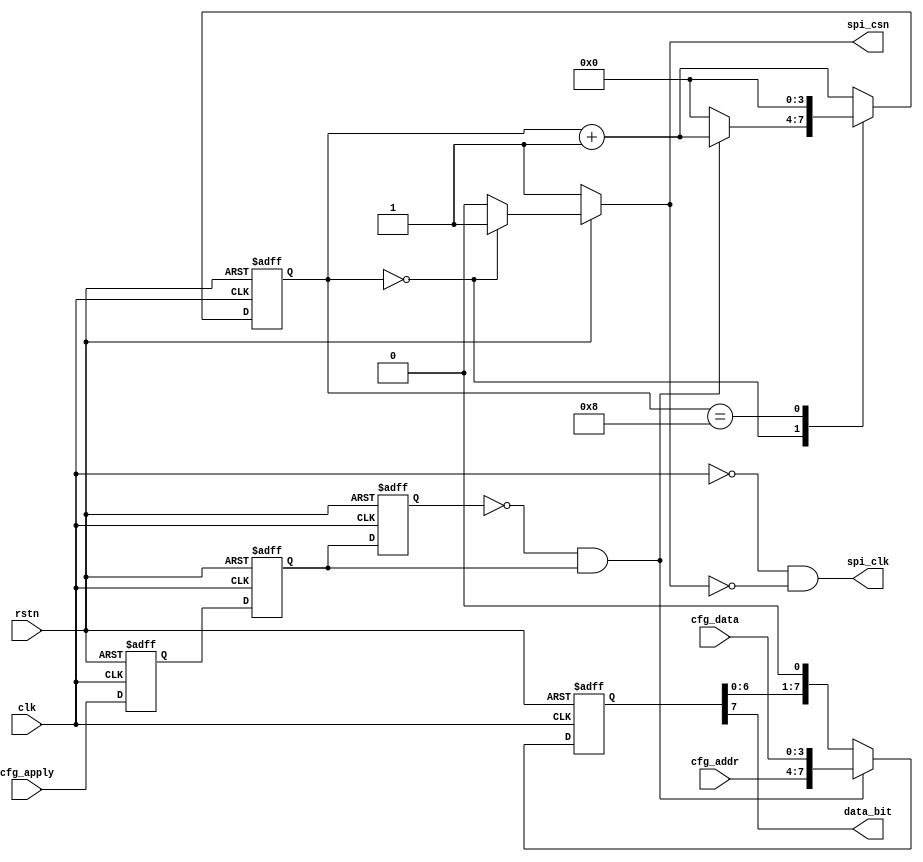
//----------------------------------------
//Module name:	ip_spi
//Function: 	SPI interface 
//Creator:		Qi Fan 1994
//Virsion:		1.0
//Data: 		2018/11/xx
//----------------------------------------

module ip_spi(clk,rstn,cfg_apply,cfg_addr,cfg_data,spi_clk,spi_csn,data_bit);

	input 	clk,rstn,cfg_apply;
	input 	[3:0] cfg_addr,cfg_data;
	output spi_clk,spi_csn,data_bit;

//-------------Input Ports - wires-----------------------------
	wire	clk, rstn,cfg_apply;
	wire 	[3:0] cfg_addr,cfg_data;
	
//------------Output ports - wires or reg ---------------------
	reg 	spi_csn;
	wire 	spi_clk,data_bit;
	
	
	//-----Synchronize input signal, cfg_apply to 1 MHz----
	//use two FFs
	reg apply_delay, apply_syn,apply_syn2;
	
	always @(posedge clk or negedge rstn)begin
		if (!rstn) begin 
			apply_delay<=0;
			apply_syn<=0;
			apply_syn2<=0;
			end
		else begin 
			apply_delay<=cfg_apply;	//two FFs synchronize cfg_apply
			apply_syn<=apply_delay;
			
			apply_syn2<=apply_syn;//record the state of input cfg_appy  
		end 
	end 
	
	wire apply;
	assign apply=(!apply_syn2) & apply_syn;	//Signal 'apply' will be one pulse
	//-----end Synchronize input signal, cfg_apply to 1 MHz----
	
	
	//-----spi controller FSM------------
	//.....with 9 states (idle and S1-S8)
	//.....for the 8 cycles, each sending 1-bit  
	reg 	[3:0] state;

	always @ (posedge clk or negedge rstn) begin //FSM state transition
		if (!rstn)	state<=0;
		else begin 
			case (state)
				4'd0:	if (apply) state<=state+1'b1;//waiting to start
						else state<=4'd0;
				4'd8: state<=4'd0;			//go back to idle state
				default: state<=state+1'b1;//default go to next state
			endcase	
		end	
	end 
	
	always @(*)begin			//FSM  output
		if (!rstn) begin 
			spi_csn=1;		
		end 
		else begin 
			case (state)
				4'd0: 	spi_csn=1;
				default:	spi_csn=0;
			endcase 
		end
	end
	//-----end spi controller FSM------------
	
	//----shift register for the output data bit----
	reg 	[7:0] buff_load; //buffer address and data 
	always @ (posedge clk or negedge rstn) begin 
		if (!rstn)  buff_load<=8'b0;
		else 
			if (apply) 									// parallel load data to shift reg
				buff_load<={cfg_addr[3:0],cfg_data[3:0]};
			else 											// .. else start shifting
				buff_load<={buff_load[6:0],1'b0};
	end
	//----end shift register for the output data bit----
	
	//Assign outputs to driver SPI 
	assign spi_clk=(!clk)&(!spi_csn);	
	assign data_bit=buff_load[7];

endmodule